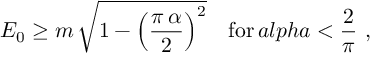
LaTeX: E _ { 0 } \ge m \, \sqrt { 1 - \left( \frac { \pi \, \alpha } { 2 } \right) ^ { 2 } } \quad \mathrm { f o r } \, a l p h a < \frac { 2 } { \pi } \ ,